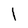
Character: l